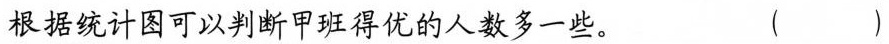
根据统计图可以判断甲班得优的人数多一些。（）